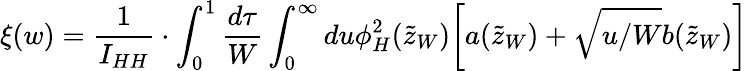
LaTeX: \xi(w)=\frac{1}{I_{HH}}\cdot\int_{0}^{1}\frac{d\tau}{W}\int_{0}^{\infty}du\phi_{H}^{2}(\tilde{z}_{W})\biggl[a(\tilde{z}_{W})+\sqrt{u/W}b(\tilde{z}_{W})\biggr]